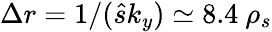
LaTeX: \Delta r=1/(\hat{s}k_{y})\simeq 8.4\ \rho_{s}